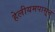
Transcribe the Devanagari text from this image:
हेलीयमपासून